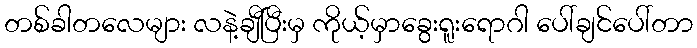
တစ်ခါတလေများ လနဲ့ချီပြီးမှ ကိုယ့်မှာခွေးရူးရောဂါ ပေါ်ချင်ပေါ်တာ